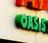
oasis